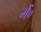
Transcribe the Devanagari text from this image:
में०